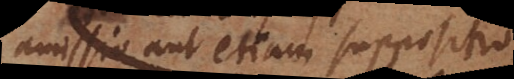
amissio aut etiam suppositio